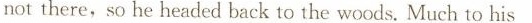
not there, so he headed back to the woods. Much to his